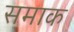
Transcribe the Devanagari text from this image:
समाक